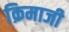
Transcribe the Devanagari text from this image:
क्रिमाजी